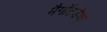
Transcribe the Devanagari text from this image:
मैगॉटडेथ